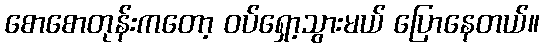
စောစောတုန်းကတော့ ဝပ်ရှော့သွားမယ် ပြောနေတယ်။